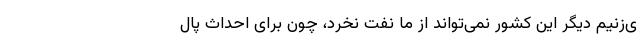
ی‌زنیم دیگر این کشور نمی‌تواند از ما نفت نخرد، چون برای احداث پال